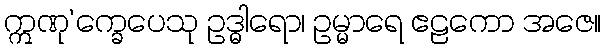
ဣဏု’က္ခေပေသု ဥဒ္ဓါရော၊ ဥမ္မာရေ ဧဠကော အဇေ။